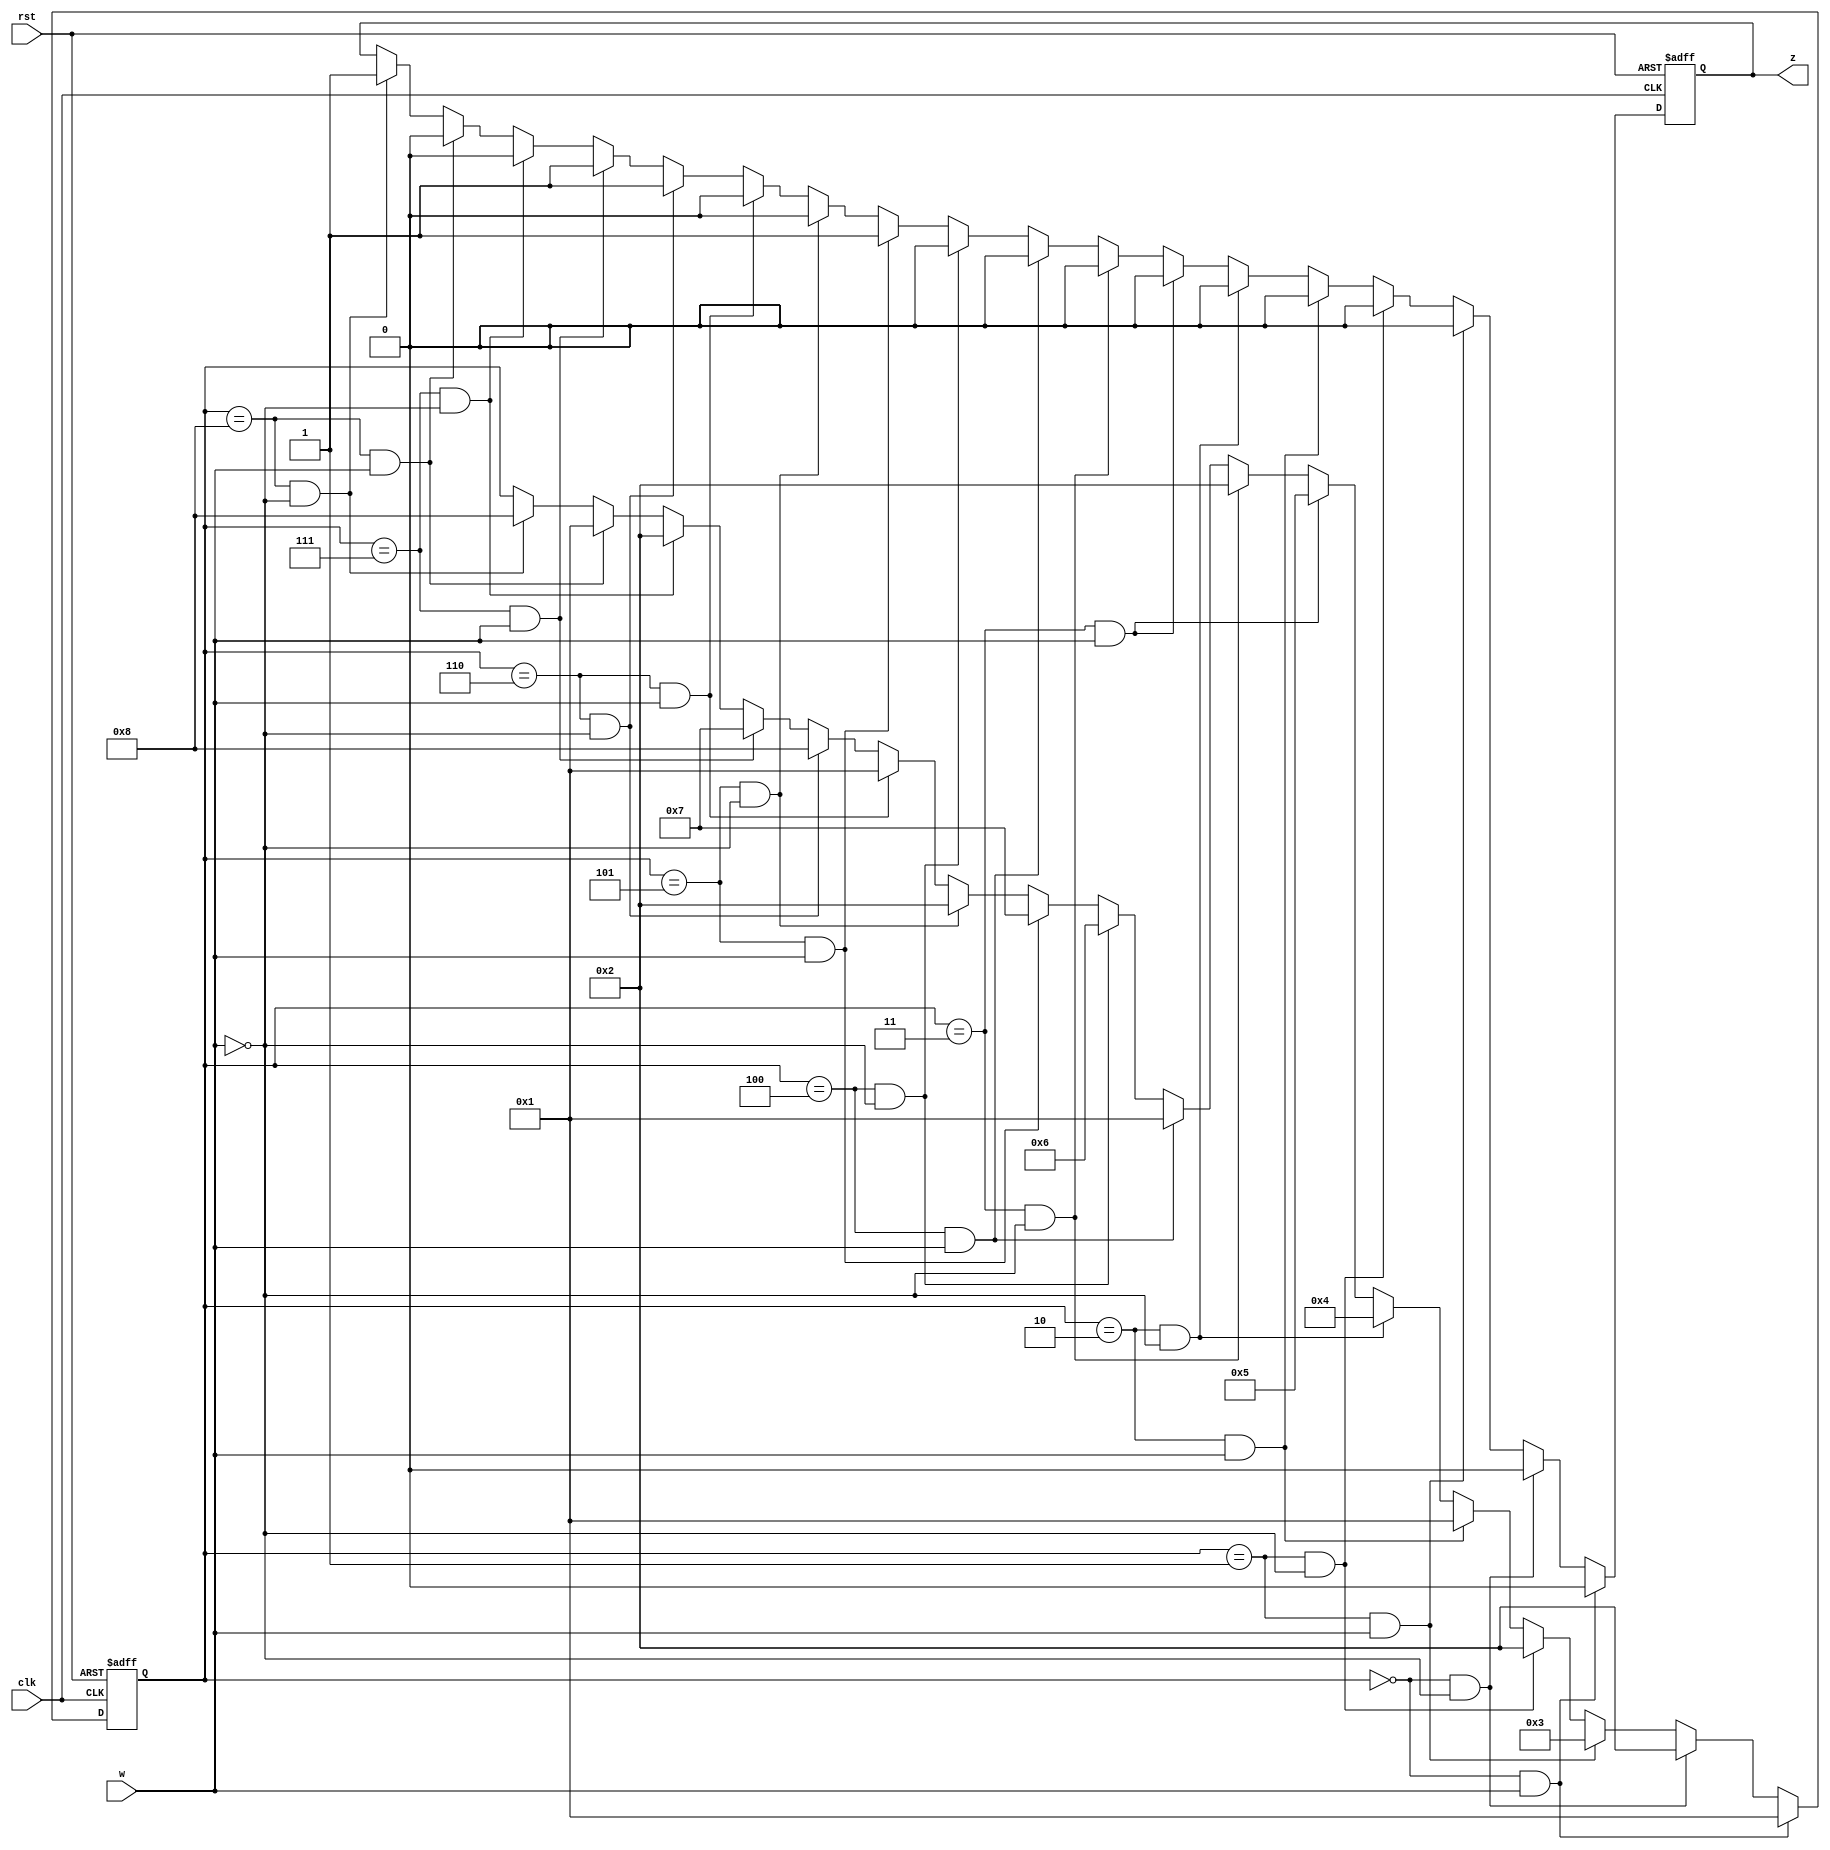
module part_one(z,w,clk,rst);	//Module part_one, state machine to determine sequence of "0000" or "1111"
	input wire w,clk,rst;	//w => sequence input, clk => clock, rst => reset 
	output wire z;	//z => state machine output
	
	reg zReg = 0;	//reg for always block	
	reg [3:0]state=0;	//reg to hold current state, initialize to 0
	
	assign z = zReg;	//assign reg to z
	
	always @ (posedge clk or negedge rst)	//always block sensitive to clock and reset
		if (~rst)begin	//resets when low
			state = 0;	//reset to state 0
			zReg = 0;	//output is 0
			end	//end if
		else if (state == 0 && w)begin	//if state is 0 and input is 1
			state = 1;	//state is 1
			zReg = 0;	//output is 0
			end	//end else if
		else if (state == 0 && ~w)begin	//if state is 0 and input is 0
			state = 2;	//state is 2
			zReg = 0;	//output is 0
			end	//end else if
		else if (state == 1 && w)begin	//if state is 1 and input is 1
			state = 3;	//state is 3
			zReg = 0;	//output is 0
			end	//end else if
		else if (state == 1 && ~w)begin	//if state is 1 and input is 0
			state = 2;	//state is 2
			zReg = 0;	//output is 0
			end	//end else if
		else if (state == 2 && w)begin	//if state is 2 and input is 1
			state = 1;	//state is 1
			zReg = 0;	//output is 0
			end	//end else if
		else if (state == 2 && ~w)begin	//if state is 2 and input is 0
			state = 4;	//state is 4
			zReg = 0;	//output is 0
			end	//end else if
		else if (state == 3 && w)begin	//if state is 3 and input is 1
			state = 5;	//state is 5
			zReg = 0;	//output is 0
			end	//end else if
		else if (state == 3 && ~w)begin 	//if state is 3 and input is 0
			state = 2;	//state is 2
			zReg = 0;	//output is 0
			end	//end else if 
		else if (state == 4 && w)begin	//if state is 4 and input is 1
			state = 1;	//state is 1
			zReg = 0;	//output is 0
			end	//end else if	
		else if (state == 4 && ~w)begin	//if state is 4 and input is 0
			state = 6;	//state is 6
			zReg = 0;	//output is 0
			end	//end else if
		else if (state == 5 && w)begin	//if state is 5 and input is 1
			state = 7;	//state is 7
			zReg = 1;	//output is 1
			end	//end else if
		else if (state == 5 && ~w)begin	//if state is 5 and input is 0
			state = 2;	//state is 2
			zReg = 0;	//output is 0
			end	//end else if
		else if (state == 6 && w)begin	//if state is 6 and input is 1
			state = 1;	//state is 1
			zReg = 0;	//output is 0	
			end	//end else if
		else if (state == 6 && ~w)begin	//if state is 6 and input is 0
			state = 8;	//state is 8
			zReg = 1;	//output is 1
			end	//end else if
		else if (state == 7 && w)begin	//if state is 7 and input is 1
			state = 7;	//state is 7
			zReg = 1;	//output is 1
			end	//end else if
		else if (state == 7 && ~w)begin	//if state is 7 and input is 0
			state = 2;	//state is 2
			zReg = 0;	//output is 0
			end	//end else if
		else if (state == 8 && w)begin	//if state is 8 and input is 1
			state = 1;	//state is 1
			zReg = 0;	//output is 0
			end	//end else if
		else if (state == 8 && ~w)begin	//if state is 8 and input is 0
			state = 8;	//state is 8
			zReg = 1;	//output is 1
			end	//end else if
endmodule //end of module